Report of the Municipal Commissioner on the plague in Bombay for the year ending 31st May... - Volume 3
Disease focus: Plague
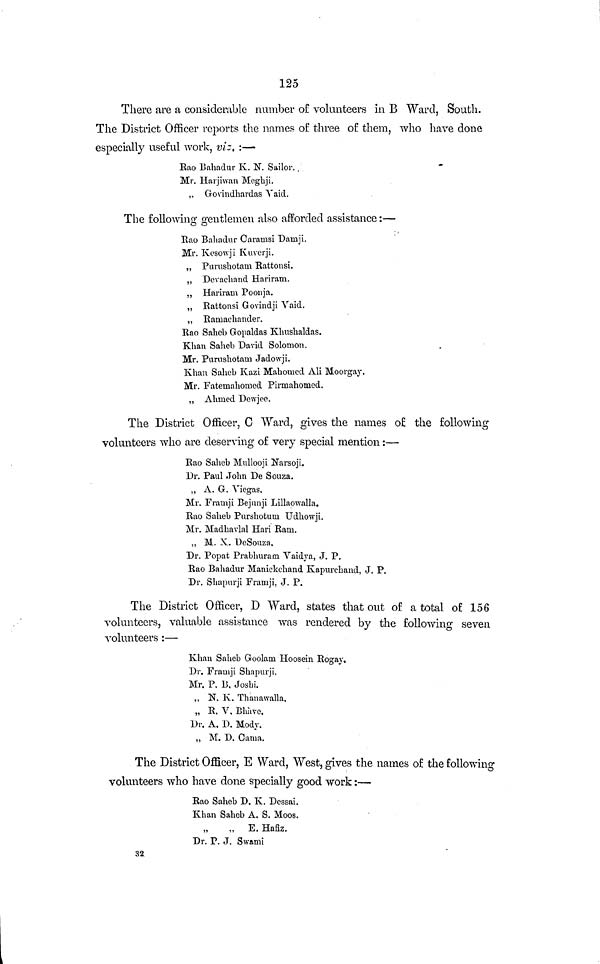
125
There are a considerable number of volunteers in B Ward, South.
The District Officer reports the names of three of them, who have done
especially useful work, viz, :—
Rao Bahadur K. N. Sailor..
Mr. Harjiwan Meghji.
,, Govindhardas Vaid.
The following gentlemen also afforded assistance :—
Rao Bahadur Caramsi Damji.
Mr. Kesowji Kuvcrji.
„ Puvushotam Rattousi.
„ Devachand Hariram.
„ Hariram Poonja.
„ Rattonsi Govindji Vaid.
„ Ramachander.
Rao Sahcb Gopaldas Khushaldas.
Khan Sahcb David Solomon.
Mr. Purushotam Jadowji.
Khan Sahcb Kazi Mahomed Ali Moorgay.
Mr. Fatemahomed Pirmahomcd.
,, Ahmed Dewjee.
The District Officer, C Ward, gives the names of the following
volunteers who are deserving of very special mention :—
Rao Saheb Mullooji Narsoji.
Dr. Paul John De Souza.
„ A. G. Viegas.
Mr. Framji Bejunji Lillaowalla.
Rao Saheb Purshotum Udhowji.
Mr. Madharlal Hari Ram.
„ M. X. DeSouza.
Dr. Popat Prabhuram Vaidya, J. P.
Rao Bahadur Maniekchand Kapurchand, J. P.
Dr. Shapurji Framji, J. P.
The District Officer, D Ward, states that out of a total of 156
volunteers, valuable assistance was rendered by the following seven
volunteers :—
Khan Saheb Goolam Hoosein Rogay,
Dr. Framji Shapurji.
Mr. P. B, Joshi.
„ N. K. Thauawalla,
„ R, V. Bhave.
Dr. A, D. Mody.
„ M. D. Cama.
The District Officer, E Ward, West, gives the names of the following
volunteers who have done specially good work :—
Rao Saheb D. K. Dcssai.
Khan Sahcb A, S. Moos.
„ E. Hafiz.
Dr. P. J. Swami
32